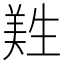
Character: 𦎡